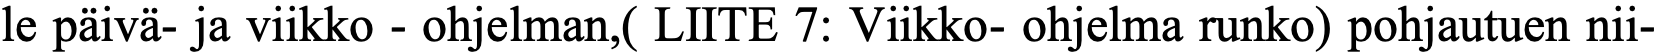
le päivä- ja viikko - ohjelman,( LIITE 7: Viikko- ohjelma runko) pohjautuen nii-